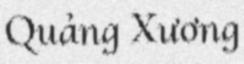
Quảng Xương